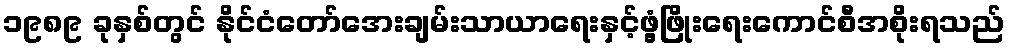
၁၉၈၉ ခုနှစ်တွင် နိုင်ငံတော်အေးချမ်းသာယာရေးနှင့်ဖွံ့ဖြိုးရေးကောင်စီအစိုးရသည်